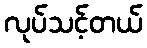
လုပ်သင့်တယ်